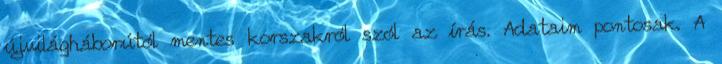
újvilágháborútól mentes korszakról szól az írás. Adataim pontosak. A